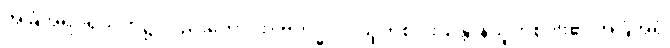
အခြံအရံပရိသတ်၌ လည်းကောင်း။ ဗဟိဒ္ဓ ဝါ၊ သူတစ်ပါးသန္တာန်သူတစ်ပါး၏ အခြံအရံ